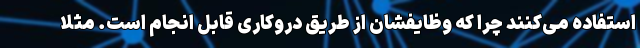
استفاده می‌کنند چرا که وظایفشان از طریق دروکاری قابل انجام است. مثلاً